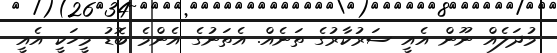
މުދަލެއް ނޫން އެއީ ސަރުކާރުގެ ތަނެއް. އެތަނުގެ އެންމެ ބޮޑު މީހަކީ އެއީ